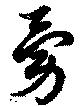
勇